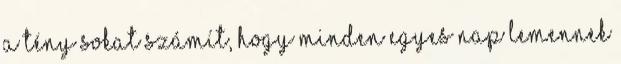
a tény sokat számít, hogy minden egyes nap lemennek